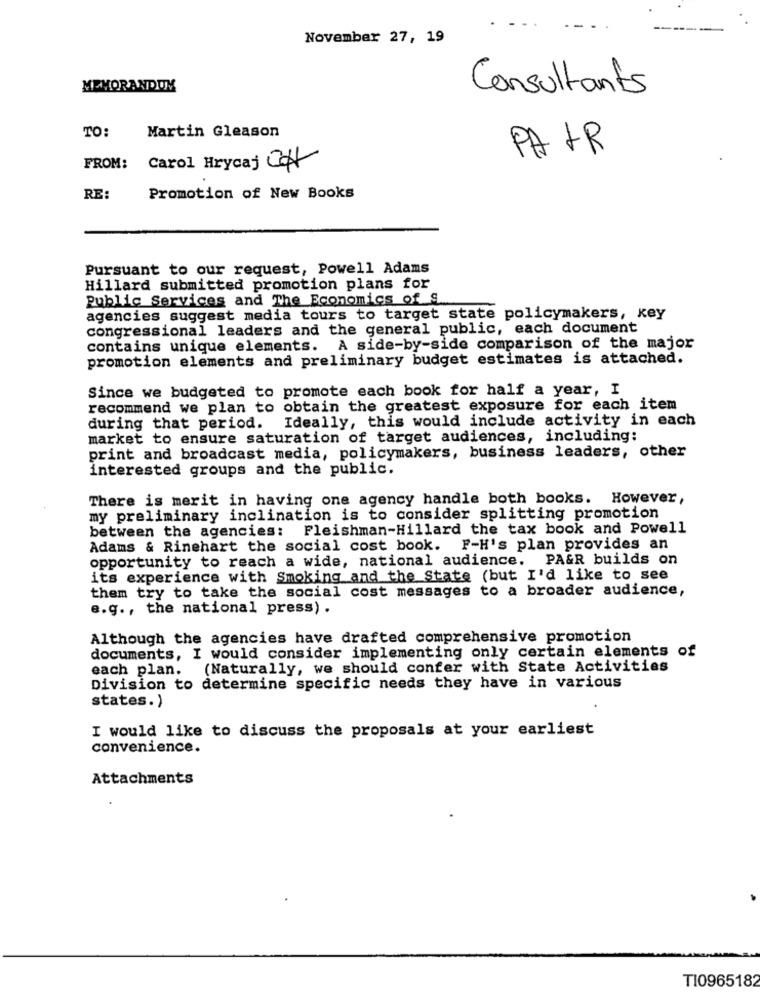
November 27, 19
MEMORANDUM
Consultants
TO:
Martin Gleason
PAIR
FROM:
Carol Hrycaj CH
RE:
Promotion of New Books
Pursuant to our request, Powell Adams
Hillard submitted promotion plans for
Public Services and The Economics of s
agencies suggest media tours to target state policymakers, key
congressional leaders and the general public, each document
contains unique elements. A side-by-side comparison of the major
promotion elements and preliminary budget estimates is attached.
Since we budgeted to promote each book for half a year, I
recommend we plan to obtain the greatest exposure for each item
during that period. Ideally, this would include activity in each
market to ensure saturation of target audiences, including:
print and broadcast media, policymakers, business leaders, other
interested groups and the public.
There is merit in having one agency handle both books. However,
my preliminary inclination is to consider splitting promotion
between the agencies: Fleishman-Hillard the tax book and Powell
Adams & Rinehart the social cost book. F-H's plan provides an
opportunity to reach a wide, national audience. PA&R builds on
its experience with Smoking and the State (but I'd like to see
them try to take the social cost messages to a broader audience,
e.g ., the national press) .
Although the agencies have drafted comprehensive promotion
documents, I would consider implementing only certain elements of
each plan. (Naturally, we should confer with State Activities
Division to determine specific needs they have in various
states.)
I would like to discuss the proposals at your earliest
convenience.
Attachments
T10965182